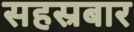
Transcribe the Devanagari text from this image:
सहस्रबार